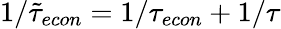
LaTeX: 1/\tilde{\tau}_{econ}={1/{\tau_{econ}}}+1/\tau